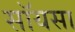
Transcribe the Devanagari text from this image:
सॉयसा